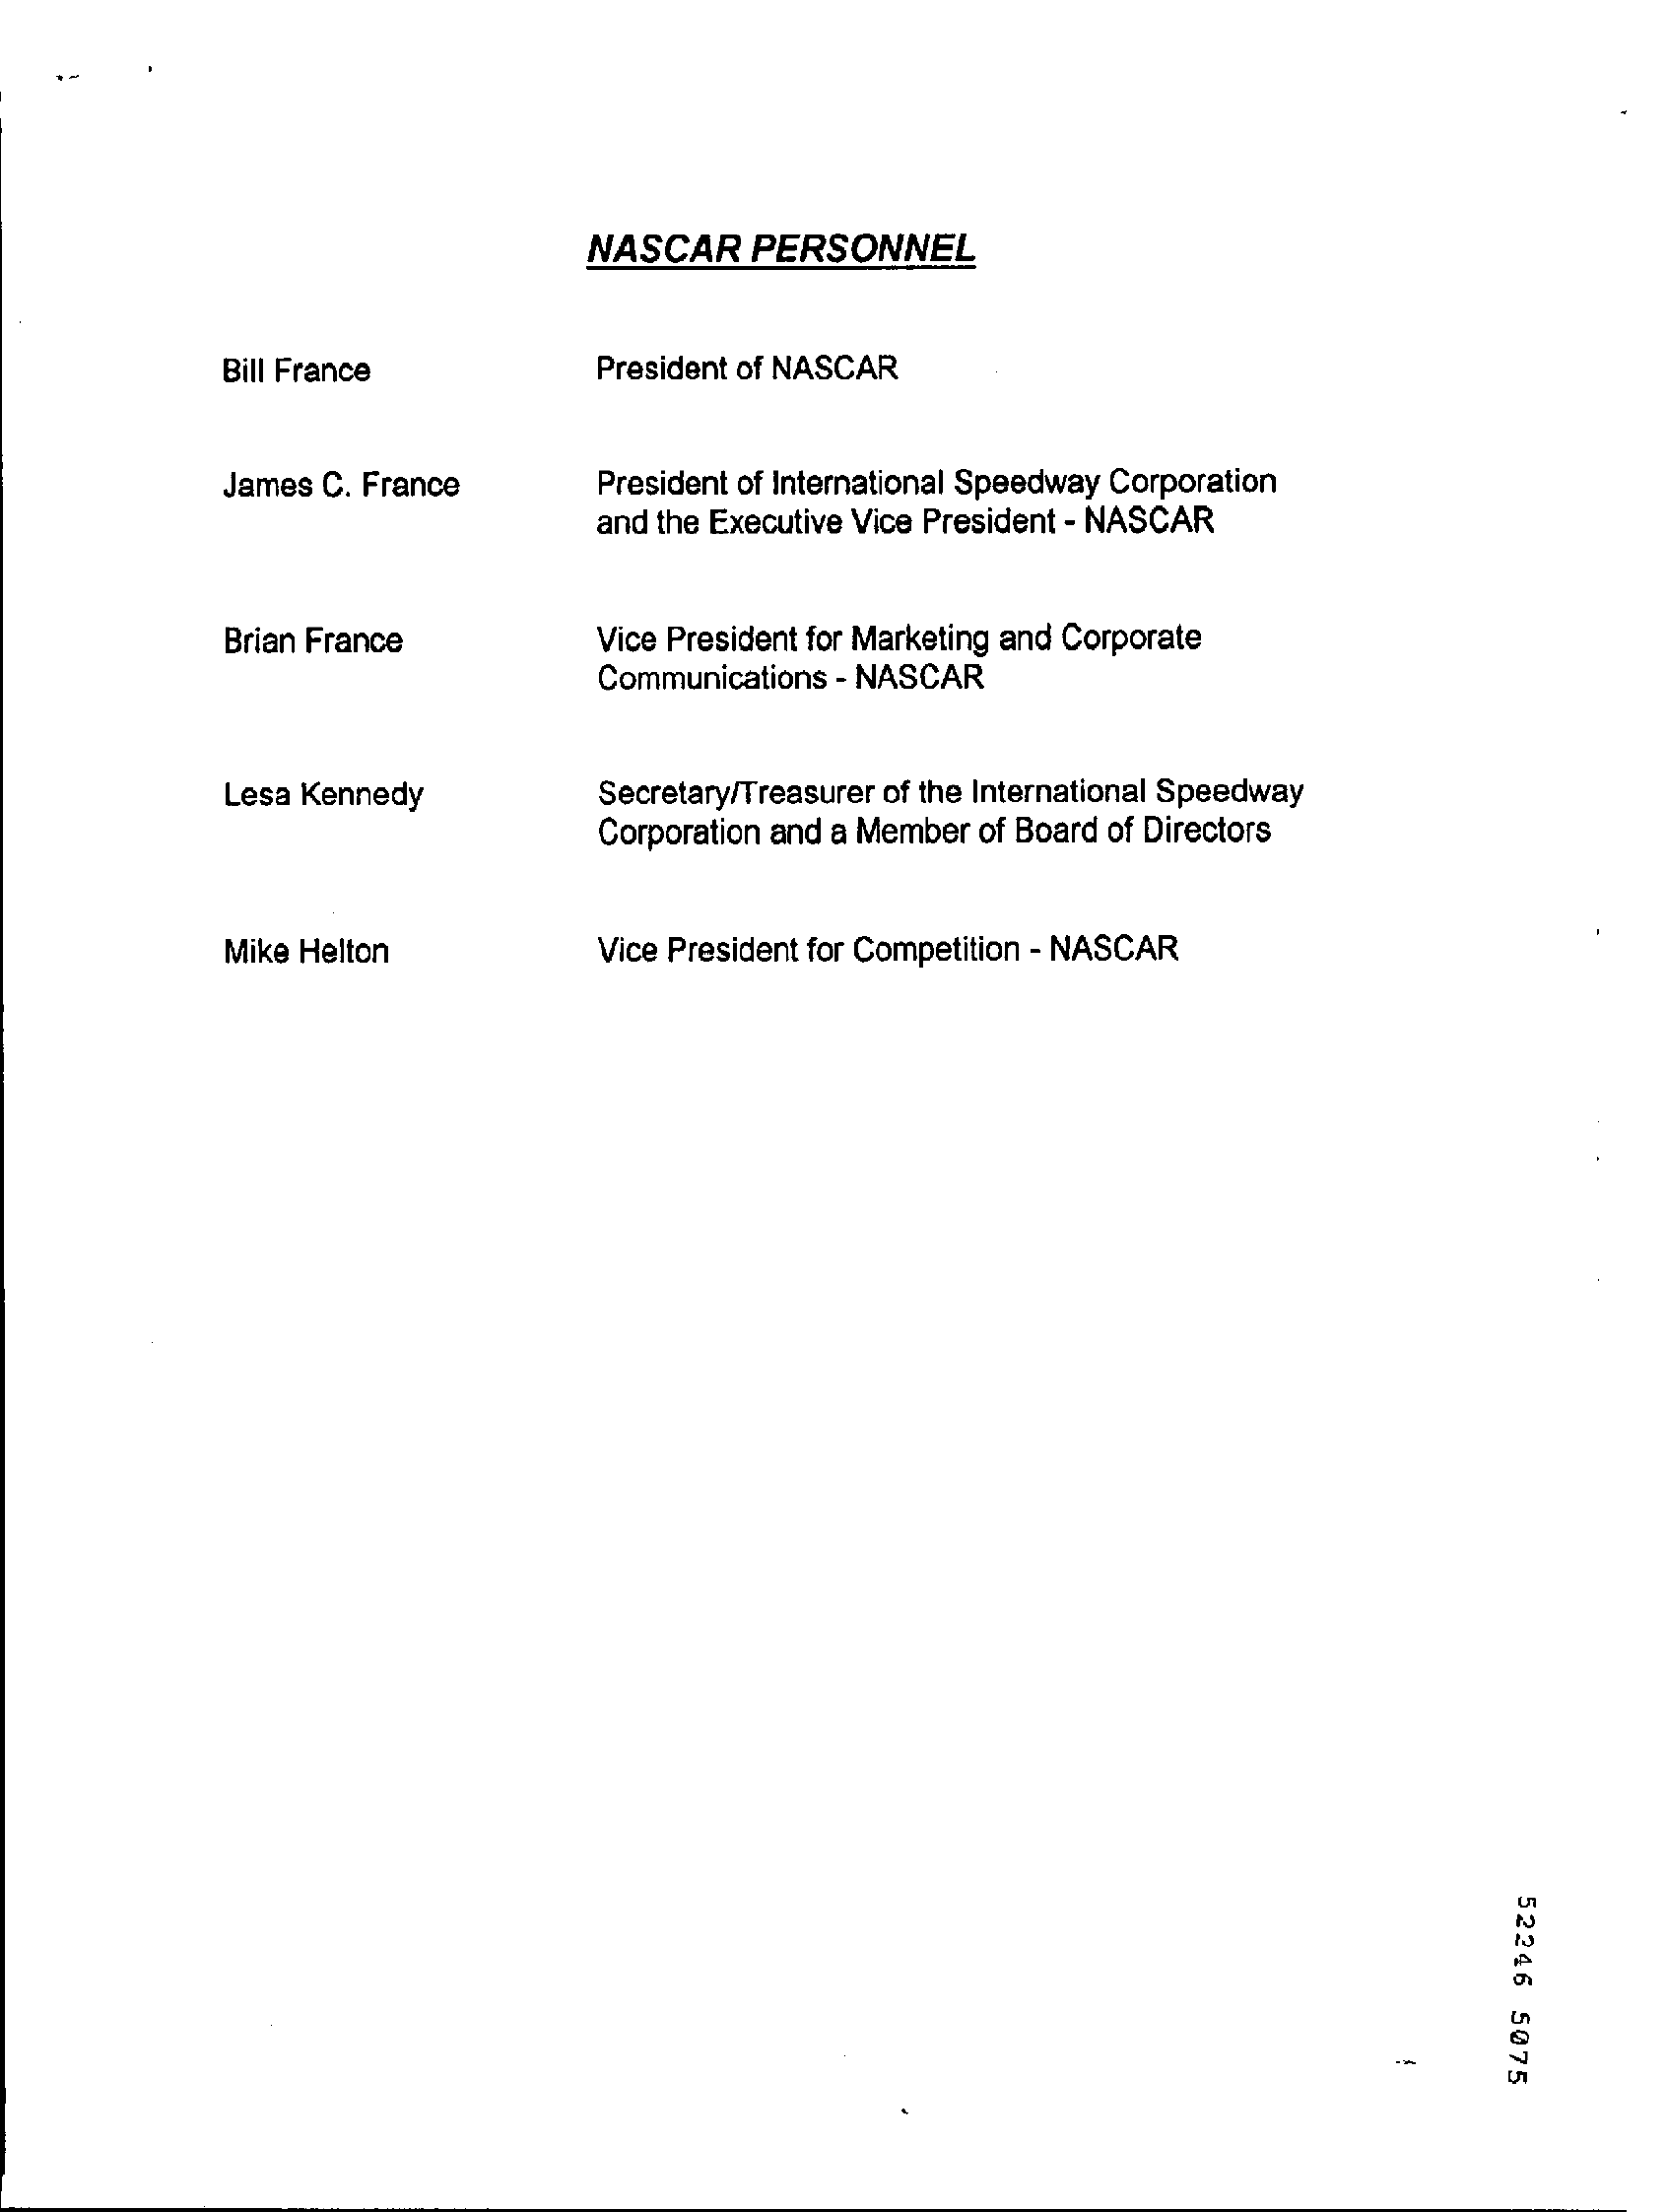
NASCAR  PERSONNEL
     Bill France    President of NASCAR
     James C. France    President of International Speedway Corporation
     and the Executive Vice President - NASCAR
     Brian France    Vice President for Marketing and Corporate
     Communications - NASCAR
     Lesa Kennedy    Secretary/Treasurer of the International Speedway
     Corporation and a Member of Board of Directors
     Mike Helton    Vice President for Competition - NASCAR
     52246
     5075
     -